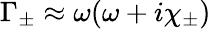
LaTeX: \Gamma_{\pm}\approx\omega(\omega+i\chi_{\pm})